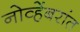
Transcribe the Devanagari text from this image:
नोव्हेंबरांत